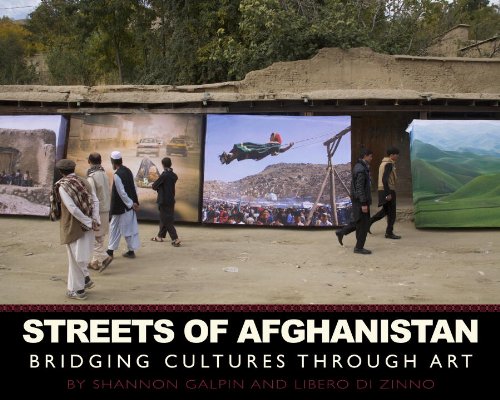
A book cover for Streets of Afghanistan: Bridging Cultures through Art; Shannon Galpin; Travel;